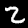
Digit: 2